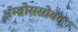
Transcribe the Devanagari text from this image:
ॲम्ब्रोससोबत